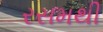
રસમથી